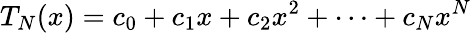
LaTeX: T_{N}(x)=c_{0}+c_{1}x+c_{2}x^{2}+\cdots+c_{N}x^{N}